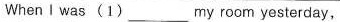
When I was (1) ___ my room yesterday,